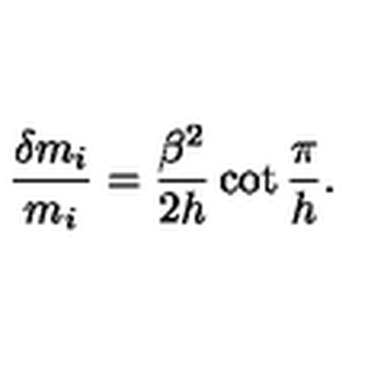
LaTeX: \frac { \delta m _ { i } } { m _ { i } } = \frac { \beta ^ { 2 } } { 2 h } \cot \frac { \pi } { h } .